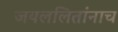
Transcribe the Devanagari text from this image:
जयललितांनाच